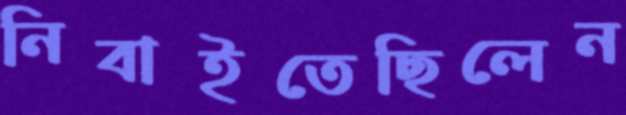
নিবাইতেছিলেন